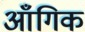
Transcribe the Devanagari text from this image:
आँगिक